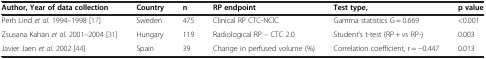
<table><thead><tr><td><b>Author, Year of data collection</b></td><td><b>Country</b></td><td><b>n</b></td><td><b>RP endpoint</b></td><td><b>Test type,</b></td><td><b>p value</b></td></tr></thead><tbody><tr><td>Perh Lind <i>et al.</i> 1994<i>–</i>1998 [17]</td><td>Sweden</td><td>475</td><td>Clinical RP CTC-NCIC</td><td>Gamma statistics G = 0.669</td><td>&lt;0.001</td></tr><tr><td>Zsusana Kahan <i>et al.</i> 2001–2004 [31]</td><td>Hungary</td><td>119</td><td>Radiological RP – CTC 2.0</td><td>Student’s t-test (RP + vs RP-)</td><td>0.003</td></tr><tr><td>Javier Jaen <i>et al.</i> 2002 [44]</td><td>Spain</td><td>39</td><td>Change in perfused volume (%)</td><td>Correlation coefficient, r = −0.447</td><td>0.013</td></tr></tbody></table>